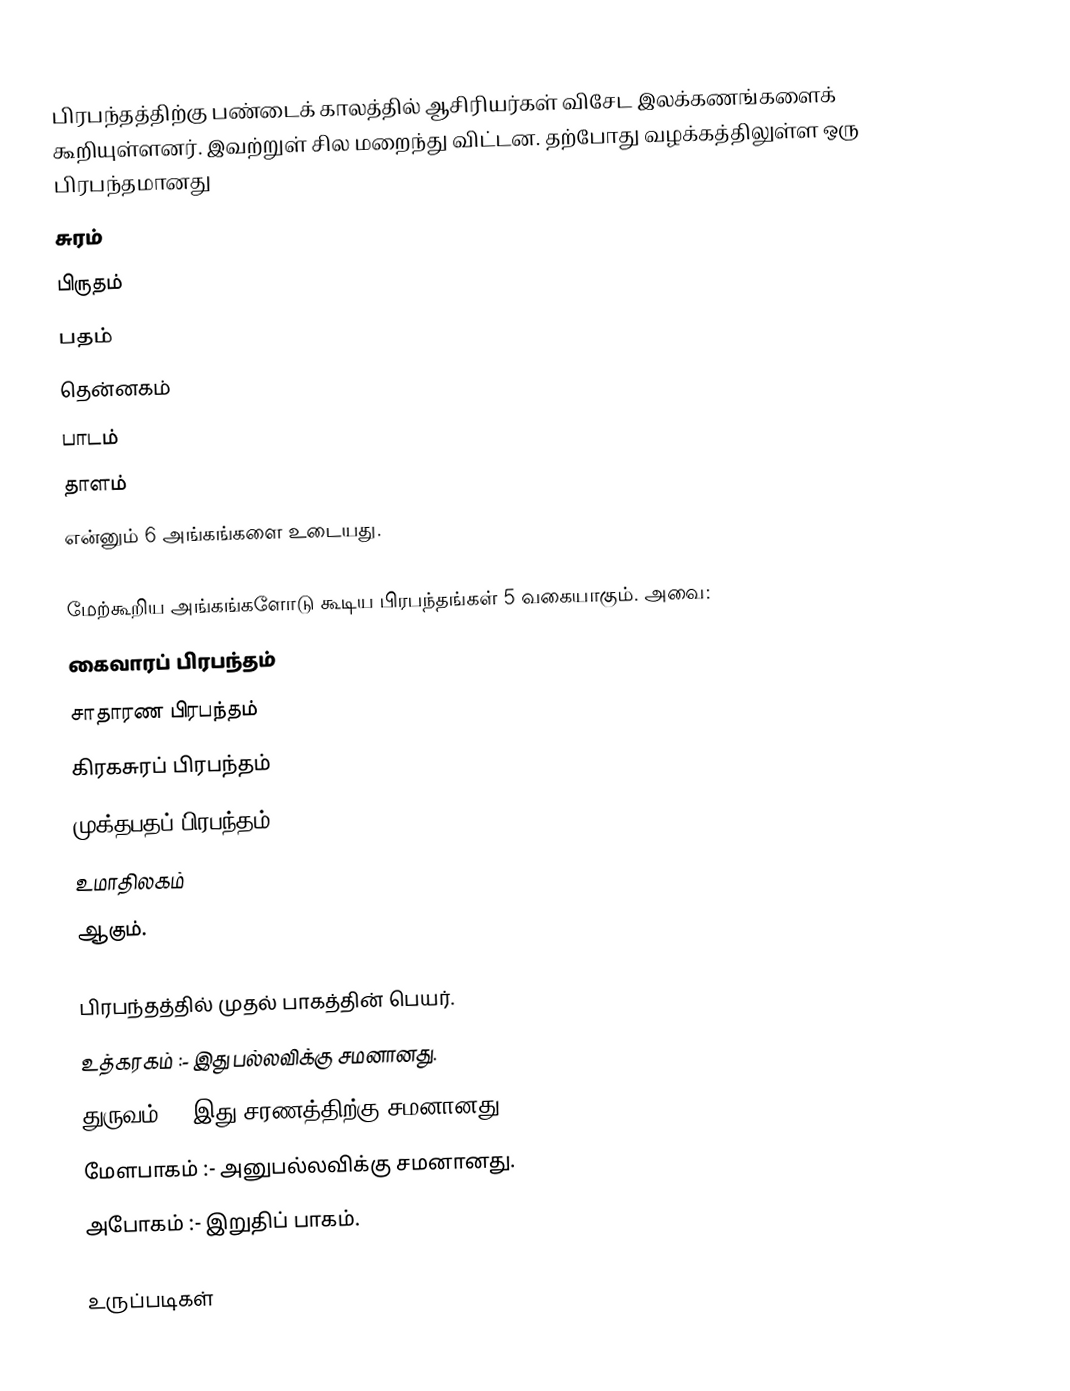
பிரபந்தத்திற்கு பண்டைக் காலத்தில் ஆசிரியர்கள் விசேட இலக்கணங்களைக் கூறியுள்ளனர். இவற்றுள் சில மறைந்து விட்டன. தற்போது வழக்கத்திலுள்ள ஒரு பிரபந்தமானது
 சுரம்
 பிருதம்
 பதம்
 தென்னகம்
 பாடம்
 தாளம்
	என்னும் 6 அங்கங்களை உடையது.

மேற்கூறிய அங்கங்களோடு கூடிய பிரபந்தங்கள் 5 வகையாகும். அவை:
 கைவாரப் பிரபந்தம்
 சாதாரண பிரபந்தம்
 கிரகசுரப் பிரபந்தம்
 முக்தபதப் பிரபந்தம்
 உமாதிலகம்
	ஆகும்.

பிரபந்தத்தில் முதல் பாகத்தின் பெயர்.
 உத்கரகம் :- இது பல்லவிக்கு சமனானது.
 துருவம் :- இது சரணத்திற்கு சமனானது.
 மேளபாகம் :- அனுபல்லவிக்கு சமனானது.
 அபோகம் :- இறுதிப் பாகம்.

உருப்படிகள்